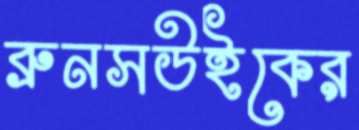
ব্রুনসউইকের